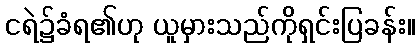
ငရဲ၌ခံရ၏ဟု ယူမှားသည်ကိုရှင်းပြခန်း။